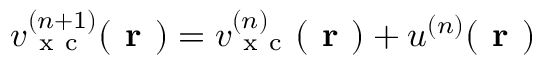
v _ { \mathrm { ~ x ~ c ~ } } ^ { ( n + 1 ) } ( \boldsymbol { \textbf { r } } ) = v _ { \mathrm { ~ x ~ c ~ } } ^ { ( n ) } ( \boldsymbol { \textbf { r } } ) + u ^ { ( n ) } ( \boldsymbol { \textbf { r } } )